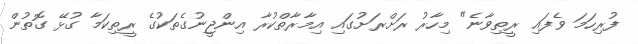
ފުރިހަމަ ވެފައި ރީތިވާނެ" މިހާރު ރަށްރަށުގައި އިމާރާތްކުރާ އިންޖީނުގެތަކުގެ ރީތިކަމާ ގުޅޭ ގޮތުން